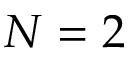
N = 2